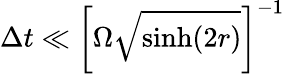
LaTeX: \Delta t\ll\left[\Omega\sqrt{\sinh(2r)}\right]^{-1}